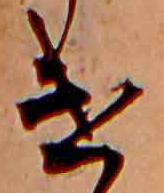
け